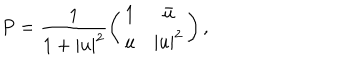
LaTeX: P = \frac { 1 } { 1 + | u | ^ { 2 } } \left( \begin{array} { c c } { { 1 } } & { { \bar { u } } } \\ { { u } } & { { | u | ^ { 2 } } } \\ \end{array} \right) ,